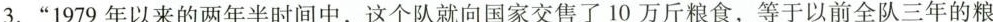
3.“1979年以来的两年半时间中，这个队就向国家交售了10万斤粮食，等于以前全队三年的粮